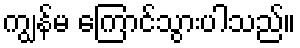
ကျွန်မ ကြောင်သွားပါသည်။